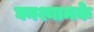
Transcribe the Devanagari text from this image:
घनश्यामके